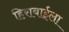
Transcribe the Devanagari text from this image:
हिराबाईला